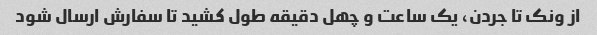
از ونک تا جردن، یک ساعت و چهل دقیقه طول کشید تا سفارش ارسال شود